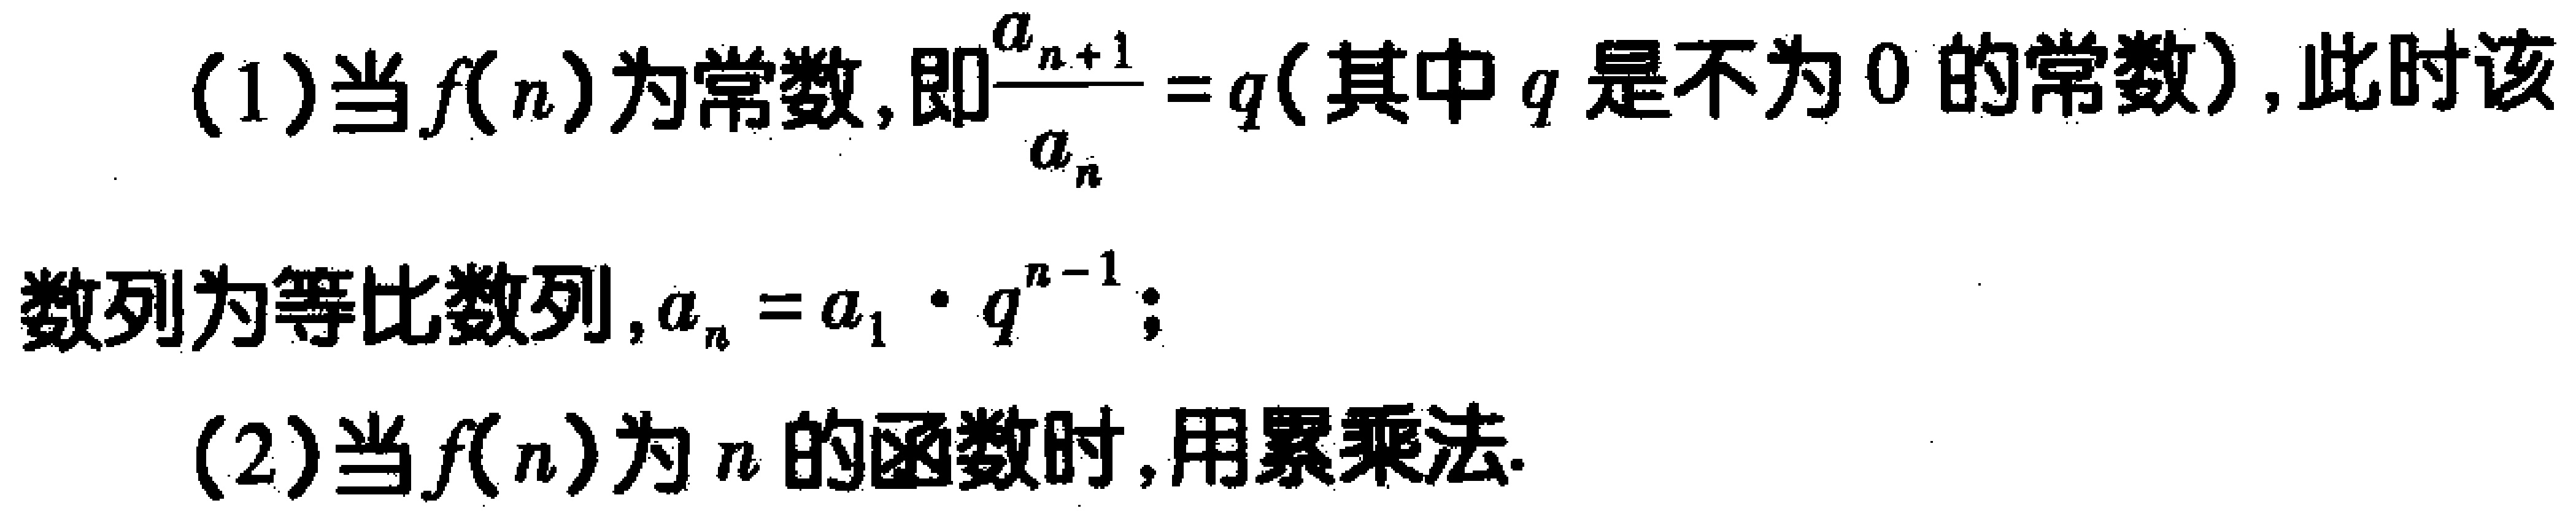
(1)当\(f(n)\)为常数，即\(\frac{a_{n + 1}}{a_{n}} = q\)（其中\(q\)是不为\(0\)的常数），此时该数列为等比数列，\(a_{n}=a_{1}\cdot q^{n - 1}\)；
(2)当\(f(n)\)为\(n\)的函数时，用累乘法.